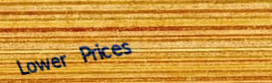
Lower Prices